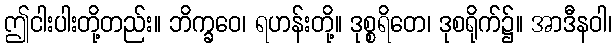
ဤငါးပါးတို့တည်း။ ဘိက္ခဝေ၊ ရဟန်းတို့။ ဒုစ္စရိတေ၊ ဒုစရိုက်၌။ အာဒီနဝါ၊